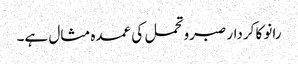
رانو کا کردار صبروتحمل کی عمدہ مثال ہے۔